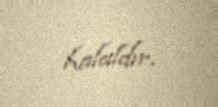
halaldır.